Annual administration and progress report of the Indian Medical Department, Bombay
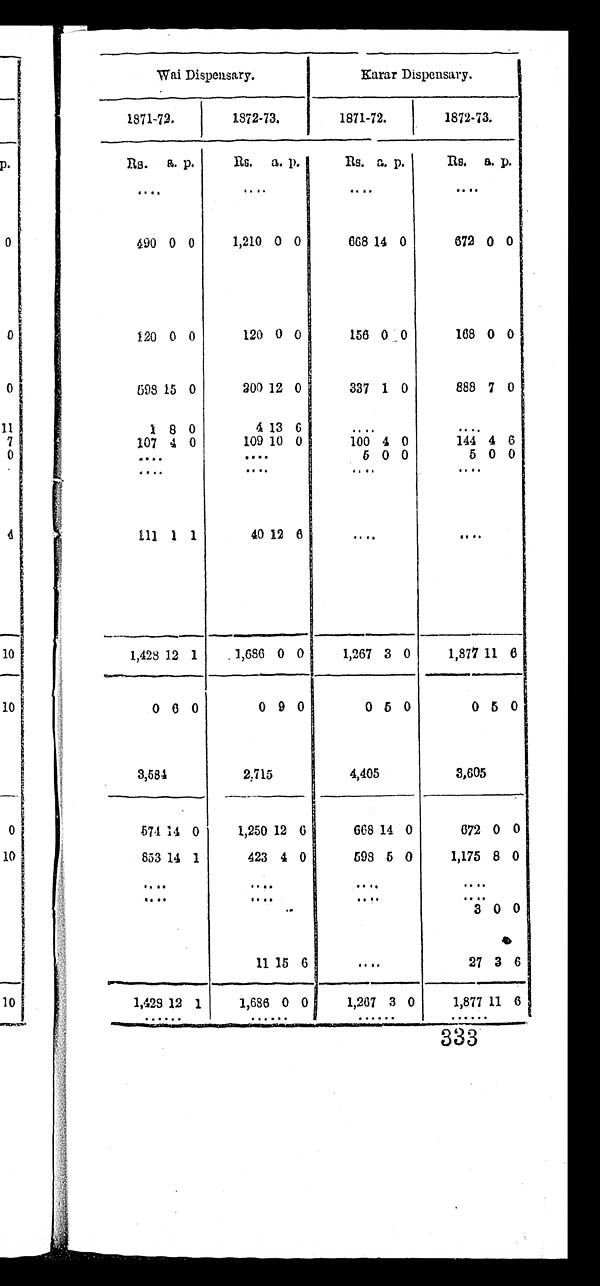
Wai Dispensary.
Karar Dispensary.
1871-72.
1872-73.
1871-72.
1872-73.
Rs. a. p.
Rs. a. p.
Rs. a. p.
Rs. a. p.
. . .
. . .
. . .
. . .
490 0 0
1,210 0 0
668 14 0
672 0 0
120 0 0
120 0 0
156 0 0
168 0 0
598 15 0
200 12 0
337 1 0
888 7 0
1 8 0
4 13 6
. . .
. . .
107 4 0
109 10 0
100 4 0
144 4 6
. . .
. . .
5 0 0
5 0 0
. . .
. . .
. . .
. . .
111 1 1
40 12 6
. . .
. . .
1,428 12 1
1,686 0 0
1,267 3 0
1,877 11 6
0 6 0
0 9 0
0 5 0
0 5 0
3,584
2,715
4,405
3,605
574 74 0
1,250 12 6
668 14 0
672 0 0
853 14 1
423 4 0
598 5 0
1,175 8 0
. . .
. . .
. . .
. . .
. . .
. . .
. . .
. . .
. . .
3 0 0
11 15 6
. . .
27 3
6
1,428 12 1
1,686 0 0
1,267 3 0
1,877 11 6
. . .
. . .
. . .
. . .
333